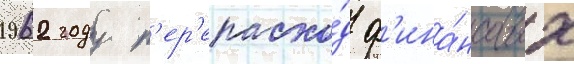
1962 году п'ер'ерасхо́д ф'ина́нсовых